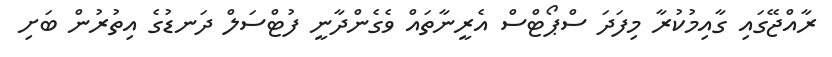
ރާއްޖޭގައި ގާއިމުކުރާ މިފަދަ ސްޕޯޓްސް އެރީނާތައް ވެގެންދާނީ ފުޓްސަލް ދަނޑުގެ އިތުރުން ބަށި